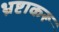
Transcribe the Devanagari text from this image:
भ्रष्टाकरू